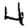
Digit: 4